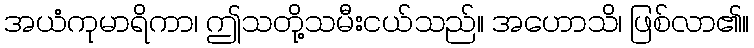
အယံကုမာရိကာ၊ ဤသတို့သမီးငယ်သည်။ အဟောသိ၊ ဖြစ်လာ၏။